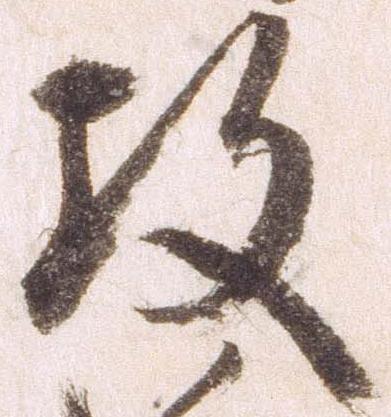
攻